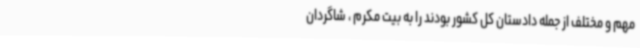
مهم و مختلف از جمله دادستان کل کشور بودند را به بیت مکرم ، شاگردان